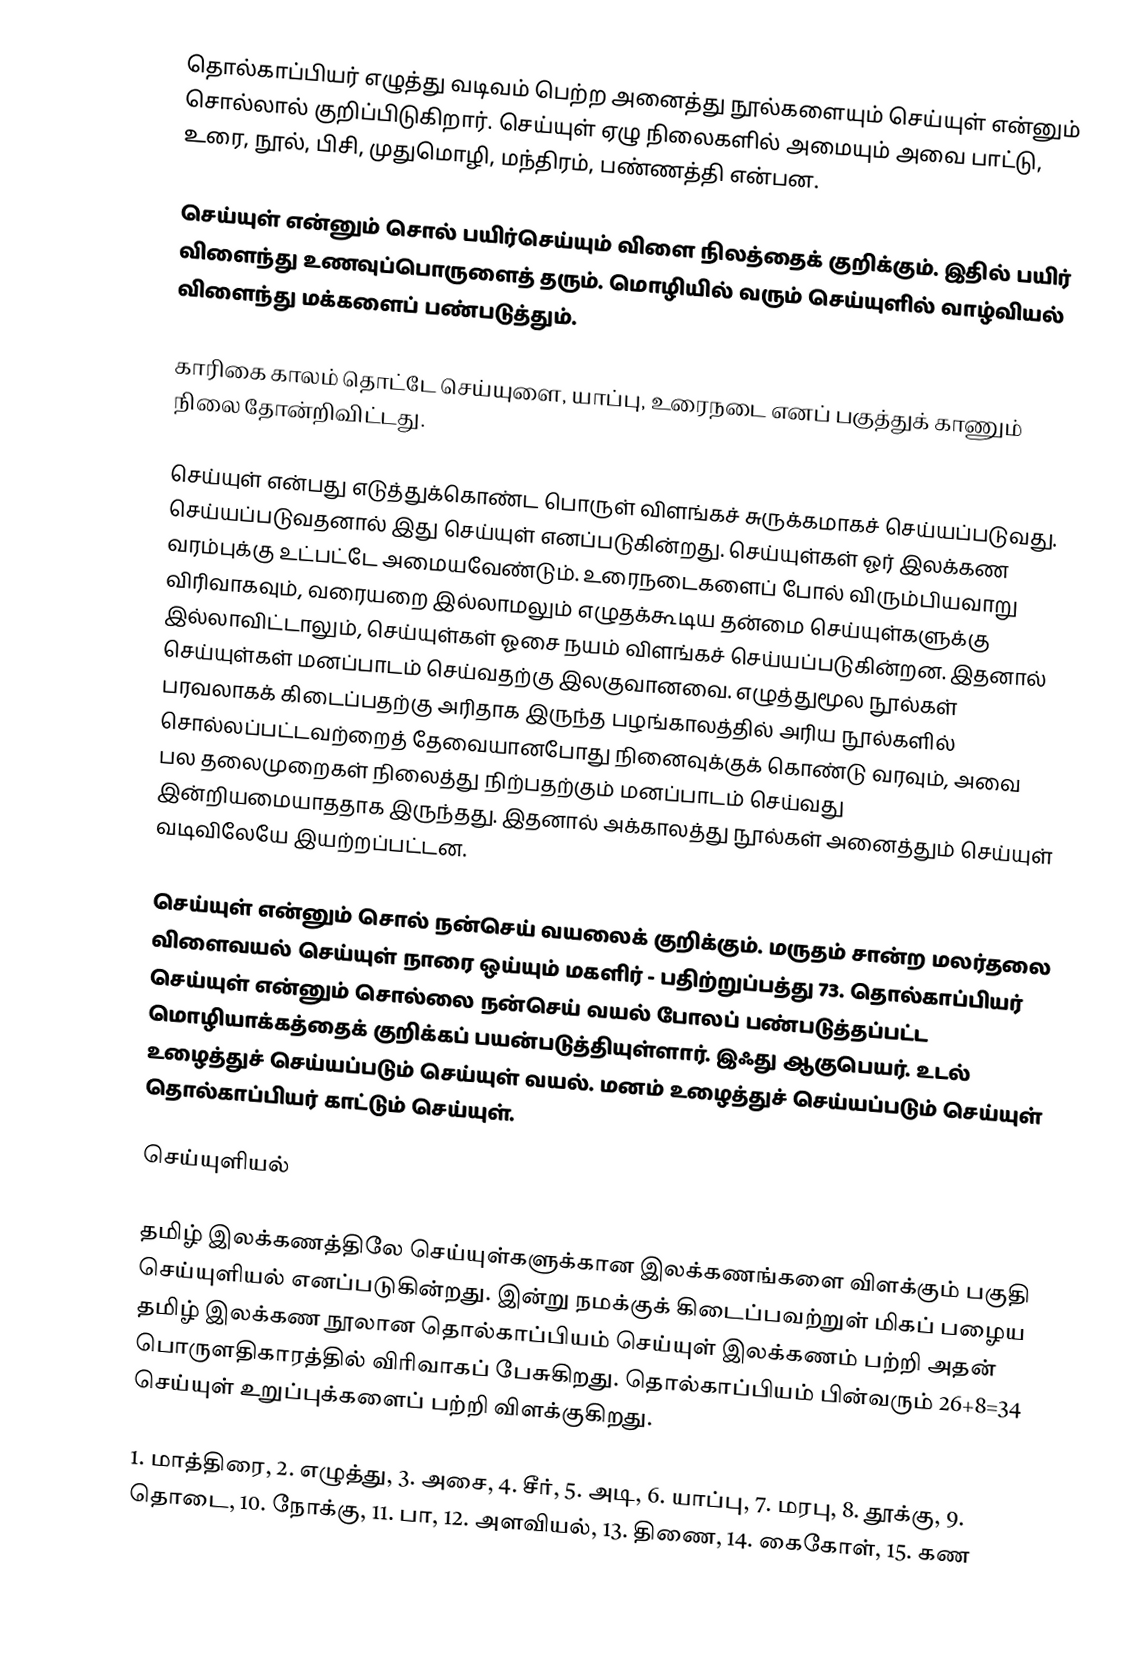
தொல்காப்பியர் எழுத்து வடிவம் பெற்ற அனைத்து நூல்களையும் செய்யுள் என்னும் சொல்லால் குறிப்பிடுகிறார். செய்யுள் ஏழு நிலைகளில் அமையும்  அவை பாட்டு, உரை, நூல்,  பிசி, முதுமொழி, மந்திரம், பண்ணத்தி என்பன.

செய்யுள் என்னும் சொல் பயிர்செய்யும் விளை நிலத்தைக் குறிக்கும். இதில் பயிர் விளைந்து உணவுப்பொருளைத் தரும். மொழியில் வரும் செய்யுளில் வாழ்வியல் விளைந்து மக்களைப் பண்படுத்தும்.

காரிகை காலம் தொட்டே செய்யுளை, யாப்பு, உரைநடை எனப் பகுத்துக் காணும் நிலை தோன்றிவிட்டது.

செய்யுள் என்பது எடுத்துக்கொண்ட பொருள் விளங்கச் சுருக்கமாகச் செய்யப்படுவது. செய்யப்படுவதனால் இது செய்யுள் எனப்படுகின்றது. செய்யுள்கள் ஓர் இலக்கண வரம்புக்கு உட்பட்டே அமையவேண்டும். உரைநடைகளைப் போல் விரும்பியவாறு விரிவாகவும், வரையறை இல்லாமலும் எழுதக்கூடிய தன்மை செய்யுள்களுக்கு இல்லாவிட்டாலும், செய்யுள்கள் ஓசை நயம் விளங்கச் செய்யப்படுகின்றன. இதனால் செய்யுள்கள் மனப்பாடம் செய்வதற்கு இலகுவானவை. எழுத்துமூல நூல்கள் பரவலாகக் கிடைப்பதற்கு அரிதாக இருந்த பழங்காலத்தில் அரிய நூல்களில் சொல்லப்பட்டவற்றைத் தேவையானபோது நினைவுக்குக் கொண்டு வரவும், அவை பல தலைமுறைகள் நிலைத்து நிற்பதற்கும் மனப்பாடம் செய்வது இன்றியமையாததாக இருந்தது. இதனால் அக்காலத்து நூல்கள் அனைத்தும் செய்யுள் வடிவிலேயே இயற்றப்பட்டன.

செய்யுள் என்னும் சொல் நன்செய் வயலைக் குறிக்கும். மருதம் சான்ற மலர்தலை விளைவயல் செய்யுள் நாரை ஒய்யும் மகளிர் - பதிற்றுப்பத்து 73. தொல்காப்பியர் செய்யுள் என்னும் சொல்லை நன்செய் வயல் போலப் பண்படுத்தப்பட்ட மொழியாக்கத்தைக் குறிக்கப் பயன்படுத்தியுள்ளார். இஃது ஆகுபெயர். உடல் உழைத்துச் செய்யப்படும் செய்யுள் வயல். மனம் உழைத்துச் செய்யப்படும் செய்யுள் தொல்காப்பியர் காட்டும் செய்யுள்.

செய்யுளியல்

தமிழ் இலக்கணத்திலே செய்யுள்களுக்கான இலக்கணங்களை விளக்கும் பகுதி செய்யுளியல் எனப்படுகின்றது. இன்று நமக்குக் கிடைப்பவற்றுள் மிகப் பழைய தமிழ் இலக்கண நூலான தொல்காப்பியம் செய்யுள் இலக்கணம் பற்றி அதன் பொருளதிகாரத்தில் விரிவாகப் பேசுகிறது. தொல்காப்பியம் பின்வரும் 26+8=34 செய்யுள் உறுப்புக்களைப் பற்றி விளக்குகிறது.

1. மாத்திரை, 2. எழுத்து, 3. அசை, 4. சீர், 5. அடி, 6. யாப்பு, 7. மரபு, 8. தூக்கு, 9. தொடை, 10. நோக்கு, 11. பா, 12. அளவியல், 13. திணை, 14. கைகோள், 15. கண